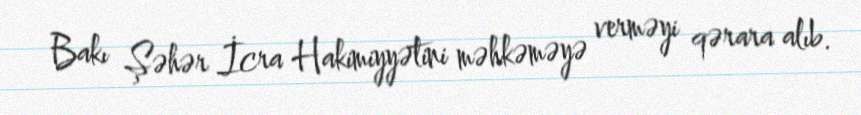
Bakı Şəhər İcra Hakimiyyətini məhkəməyə verməyi qərara alıb.